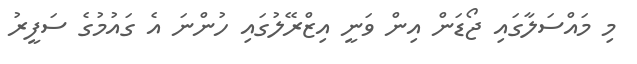
މި މައްސަލާގައި ޖޯޑަން އިން ވަނީ އިޒްރޭލުގައި ހުންނަ އެ ގައުމުގެ ސަފީރު